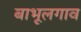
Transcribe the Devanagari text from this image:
बाभूलगाव